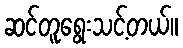
ဆင်တူရွေးသင့်တယ်။